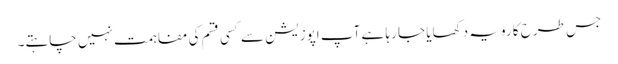
جس طرح کا رویہ دکھایا جا رہا ہے آپ اپوزیشن سے کسی قسم کی مفاہمت نہیں چاہتے۔